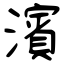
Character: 濱